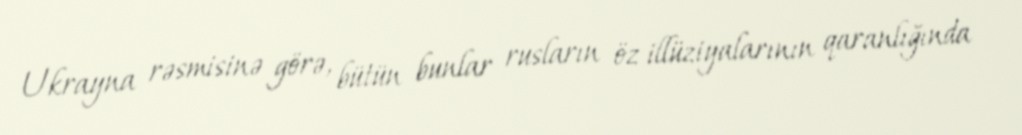
Ukrayna rəsmisinə görə, bütün bunlar rusların öz illüziyalarının qaranlığında